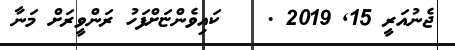
ޖެނުއަރީ 15